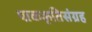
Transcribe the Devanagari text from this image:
पाककृतिसंग्रह